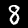
Label: 8